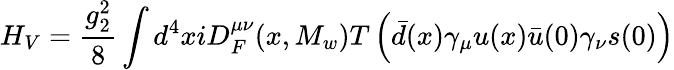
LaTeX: H_{V}={\frac{g_{2}^{2}}{8}}\int d^{4}xiD_{F}^{\mu\nu}(x,M_{w})T\left(\bar{d}(x)\gamma_{\mu}u(x)\bar{u}(0)\gamma_{\nu}s(0)\right)